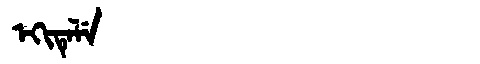
Manchu: ᡝᡴᡳᡨᡝᠯᡝ
Romanization: EKITELE